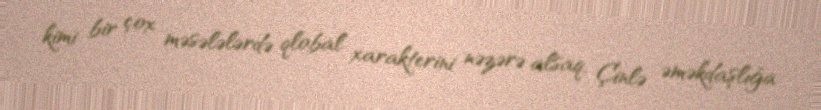
kimi bir çox məsələlərdə qlobal xarakterini nəzərə alsaq, Çinlə əməkdaşlığa